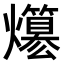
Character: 𤒪